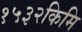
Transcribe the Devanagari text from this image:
१५३२किमि